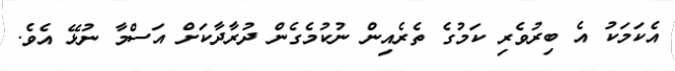
އެކަމަކު އެ ބިރުވެރި ކަމުގެ ތެރެއިން ނުކުމެގެން ދުރާދާކަށް އަސްމާ ނުޅޭ އެވެ.